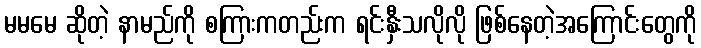
မမမေ ဆိုတဲ့ နာမည်ကို စကြားကတည်းက ရင်းနှီးသလိုလို ဖြစ်နေတဲ့အကြောင်းတွေကို